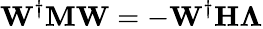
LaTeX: \mathbf{W}^{\dagger}\mathbf{M}\mathbf{W}=-\mathbf{W}^{\dagger}\mathbf{H}\mathbf{\Lambda}